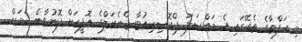
މި ހަފްތާގެ ތެރޭގައި އެ މައްސަލަ ޕްރޮސިކިއުޓާ ޖެނެރަލްގެ އޮފީހަށް ފޮނުވާނެ ކަމަށް